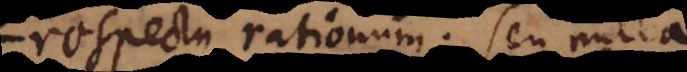
respectu rationum; seu nulla